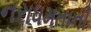
નરાધમતાની